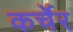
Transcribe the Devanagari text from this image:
कर्चेर